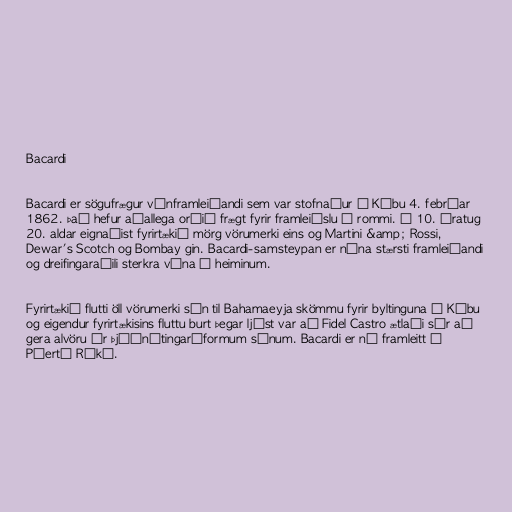
Bacardi

Bacardi er sögufrægur vínframleiðandi sem var stofnaður á Kúbu 4. febrúar
1862. Það hefur aðallega orðið frægt fyrir framleiðslu á rommi. Á 10. áratug
20. aldar eignaðist fyrirtækið mörg vörumerki eins og Martini &amp; Rossi,
Dewar's Scotch og Bombay gin. Bacardi-samsteypan er núna stærsti framleiðandi
og dreifingaraðili sterkra vína í heiminum.

Fyrirtækið flutti öll vörumerki sín til Bahamaeyja skömmu fyrir byltinguna á Kúbu
og eigendur fyrirtækisins fluttu burt þegar ljóst var að Fidel Castro ætlaði sér að
gera alvöru úr þjóðnýtingaráformum sínum. Bacardi er nú framleitt á
Púertó Ríkó.